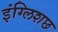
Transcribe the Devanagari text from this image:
इंग्लिशछ